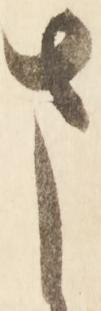
さ